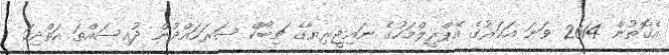
އެގޮތުން 2014 ވަނަ އަހަރުގެ އޭޕްރީލްމަހުގެ ނައިޖީރިޔާގެ ޗިބޯކް ސަރަހައްދުން ދުއިސައްތަ ހަތްދިހަ